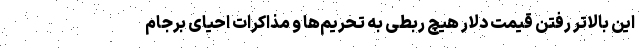
این بالاتر رفتن قیمت دلار هیچ ربطی به تحریم‌ها و مذاکرات احیای برجام